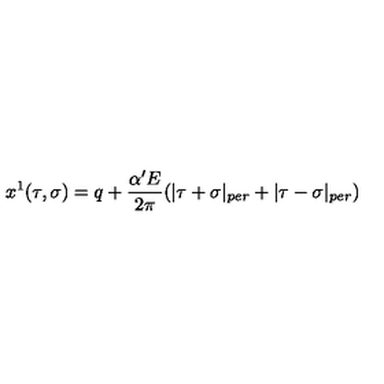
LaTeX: x ^ { 1 } ( \tau , \sigma ) = q + \frac { \alpha ^ { \prime } E } { 2 \pi } ( | \tau + \sigma | _ { p e r } + | \tau - \sigma | _ { p e r } )